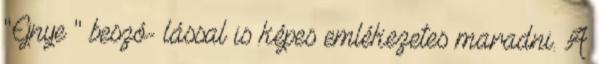
"Ejnye " beszó- lással is képes emlékezetes maradni. A